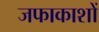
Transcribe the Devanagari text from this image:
जफाकाशों